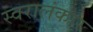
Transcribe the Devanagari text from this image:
स्वरालंकार